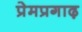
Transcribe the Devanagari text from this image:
प्रेमप्रगाढ़